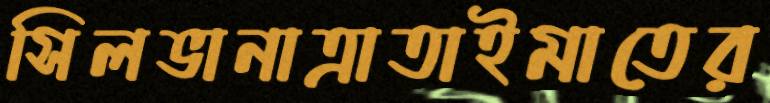
সিলভানাত্রাতাইমাতের